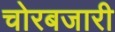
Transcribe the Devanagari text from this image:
चोरबजारी